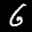
Label: 6